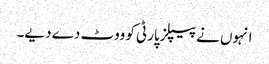
انہوں نے پیپلزپارٹی کو ووٹ دے دیے۔